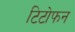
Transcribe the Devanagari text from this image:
टिटोफन